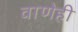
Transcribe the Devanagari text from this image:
वाणेही